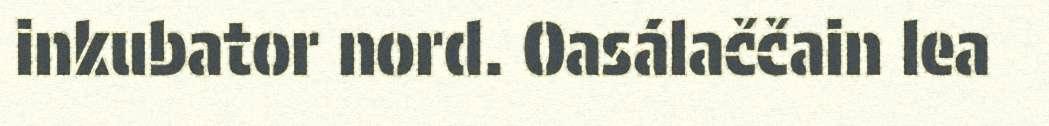
inkubator nord. Oasálaččain lea